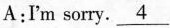
A:I'm sorry.\underline{4}